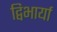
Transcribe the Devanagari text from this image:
द्विभार्या